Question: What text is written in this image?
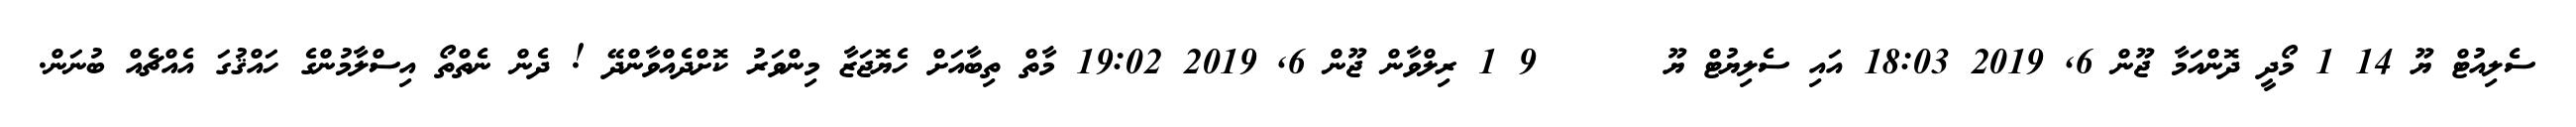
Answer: ސެލިއުޓް ޔޫ 14 1 މޯދީ ދޮންއަމާ ޖޫން 6, 2019 18:03 އައި ސެލިޔުޓް ޔޫ ?????? 9 1 ރިލްވާން ޖޫން 6, 2019 19:02 މާތް ތިބާއަށް ހެޔޮޖަޒާ މިންވަރު ކޮށްދެއްވާންދޭ ! ދެން ނެތްތޯ އިސްލާމުންގެ ހައްޤުގަ އެއްޗެއް ބުނަން.